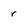
Character: r